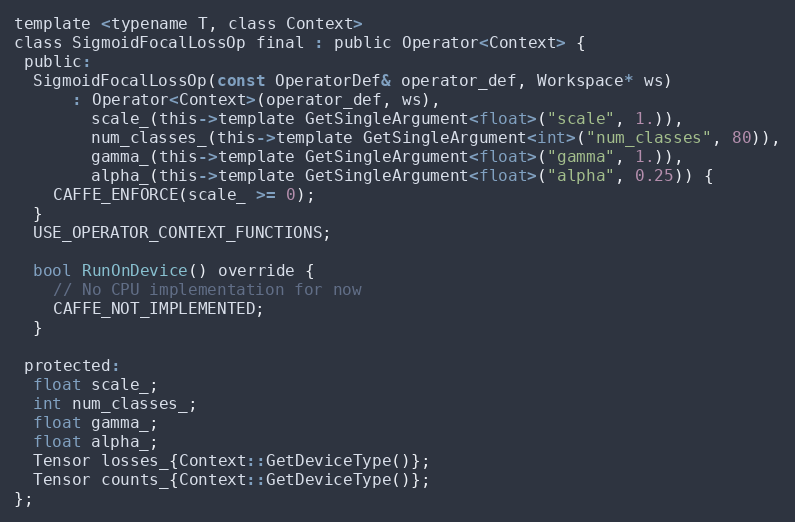
Language: C
template <typename T, class Context>
class SigmoidFocalLossOp final : public Operator<Context> {
 public:
  SigmoidFocalLossOp(const OperatorDef& operator_def, Workspace* ws)
      : Operator<Context>(operator_def, ws),
        scale_(this->template GetSingleArgument<float>("scale", 1.)),
        num_classes_(this->template GetSingleArgument<int>("num_classes", 80)),
        gamma_(this->template GetSingleArgument<float>("gamma", 1.)),
        alpha_(this->template GetSingleArgument<float>("alpha", 0.25)) {
    CAFFE_ENFORCE(scale_ >= 0);
  }
  USE_OPERATOR_CONTEXT_FUNCTIONS;

  bool RunOnDevice() override {
    // No CPU implementation for now
    CAFFE_NOT_IMPLEMENTED;
  }

 protected:
  float scale_;
  int num_classes_;
  float gamma_;
  float alpha_;
  Tensor losses_{Context::GetDeviceType()};
  Tensor counts_{Context::GetDeviceType()};
};